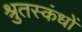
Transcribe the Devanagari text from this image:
श्रुतस्कंधों